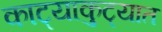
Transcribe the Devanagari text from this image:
काट्याकुट्यात